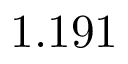
1 . 1 9 1